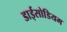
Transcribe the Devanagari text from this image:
डाईसोडियम